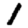
Digit: 1